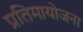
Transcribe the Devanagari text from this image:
प्रतिमायोजना